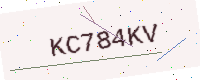
Text: KC784KV